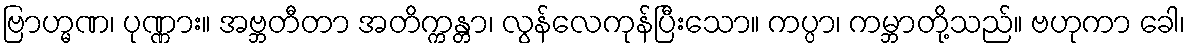
ဗြာဟ္မဏ၊ ပုဏ္ဏား။ အဗ္ဘတီတာ အတိက္ကန္တာ၊ လွန်လေကုန်ပြီးသော။ ကပ္ပာ၊ ကမ္ဘာတို့သည်။ ဗဟုကာ ခေါ၊